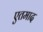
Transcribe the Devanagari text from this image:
एतमाद